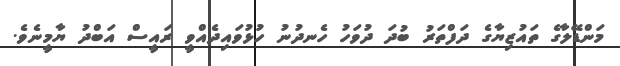
މަންޑޭލާގެ ތައުޒިޔާގެ ދަފްތަރު ބުދަ ދުވަހު ހެނދުނު ހުޅުވައިދެއްވީ ރައީސް އަބްދު ޔާމީނެވެ.